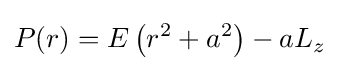
P(r)=E\left(r^{2}+a^{2}\right)-aL_{z}